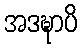
အဒဍ္ဎာပိ